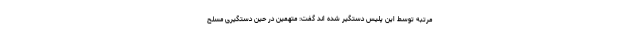
مرتبه توسط این پلیس دستگیر شده اند گفت: متهمین در حین دستگیری مسلح